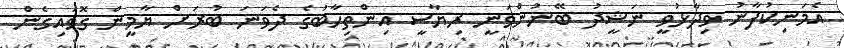
އެމަނިކުފާނު ވިދާޅުވީ ނަޝީދު ބޭނުންވަނީ ރިޔާސީ އިންތިހާބުގެ ދެވަނަ ބުރަށް ޔާމީން ގޮވައިގެން